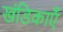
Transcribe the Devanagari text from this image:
खंडिकाएँ